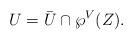
LaTeX: \begin{align*}U = \bar{U} \cap \wp^V(Z). \end{align*}